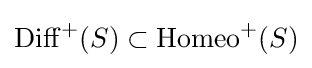
\operatorname {Diff} ^{+}(S)\subset \operatorname {Homeo} ^{+}(S)